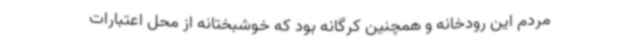
مردم این رودخانه و همچنین کرگانه بود که خوشبختانه از محل اعتبارات